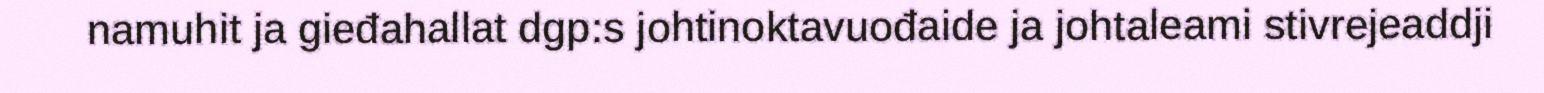
namuhit ja gieđahallat dgp:s johtinoktavuođaide ja johtaleami stivrejeaddji